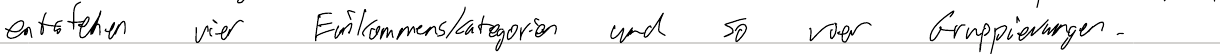
entstehen vier Einkommenskategorien und so vier Gruppierungen.